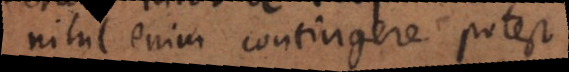
nihil enim contingere pote